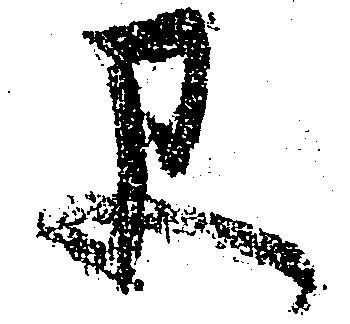
早